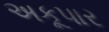
અકૂપાર